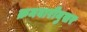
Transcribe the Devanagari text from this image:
क्रमवारीनुसर